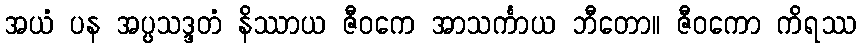
အယံ ပန အပ္ပသဒ္ဒတံ နိဿာယ ဇီဝကေ အာသင်္ကာယ ဘီတော။ ဇီဝကော ကိရဿ